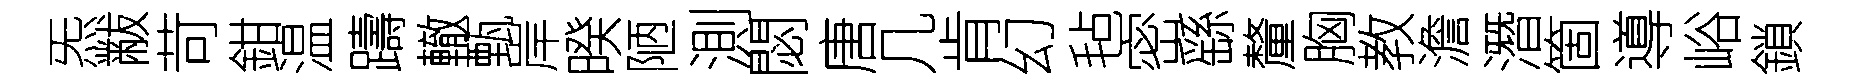
炁黻苛鉗温躊轍甄岸暌陋測閟唐几肯幻毡密繇釐胸教澹潛箇導峪鎖